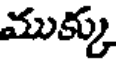
ముక్కు